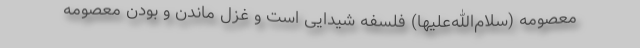
معصومه (سلام‌الله‌علیها) فلسفه شيدايى است و غزل ماندن و بودن معصومه